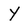
Character: Y